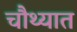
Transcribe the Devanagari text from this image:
चौथ्यात